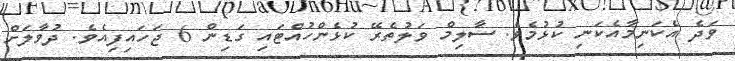
ވަދެ އެކަނިމާއެކަނި ކުޅުމެވެ. ސާލިމް ވަލުތެރޭ ކުޅެންހުއްޓައި ގަޑިން 6 ޖަހައިފިއެވެ. ދުވާލަށް